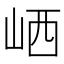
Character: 𡶼